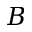
B